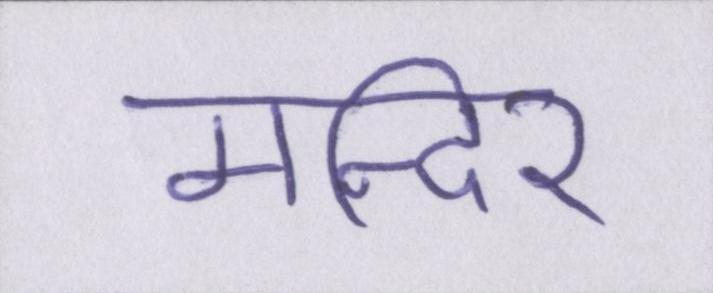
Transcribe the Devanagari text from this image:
मन्दिर